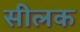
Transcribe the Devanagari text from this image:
सीलक